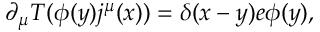
\partial _ { \mu } T ( \phi ( y ) j ^ { \mu } ( x ) ) = \delta ( x - y ) e \phi ( y ) ,